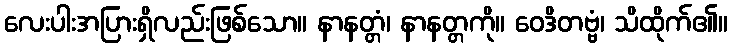
လေးပါးအပြားရှိလည်းဖြစ်သော။ နာနတ္တံ၊ နာနတ္တကို။ ဝေဒိတဗ္ဗံ၊ သိထိုက်၏။